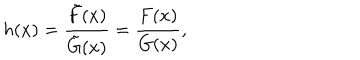
LaTeX: h ( x ) = { \frac { \tilde { F } ( x ) } { \tilde { G } ( x ) } } = { \frac { F ( x ) } { G ( x ) } } ,